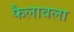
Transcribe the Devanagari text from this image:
फैलावला